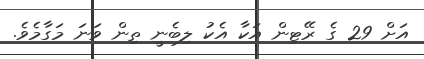
އަށް 29 ގެ ރޭޓިން އަކާ އެކު ލިބެނީ ތިން ވަނަ މަގާމެވެ.